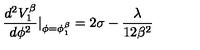
\frac { d ^ { 2 } V _ { 1 } ^ { \beta } } { d \phi ^ { 2 } } | _ { \phi = \phi _ { 1 } ^ { \beta } } = 2 \sigma - \frac { \lambda } { 1 2 \beta ^ { 2 } }